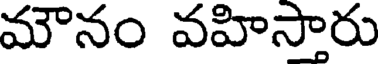
మౌనం వహిసారు